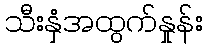
သီးနှံအထွက်နှုန်း